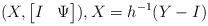
LaTeX: \begin{align*} (X,\begin{bmatrix} I & \Psi\end{bmatrix}), X= h^{-1}(Y-I)\end{align*}